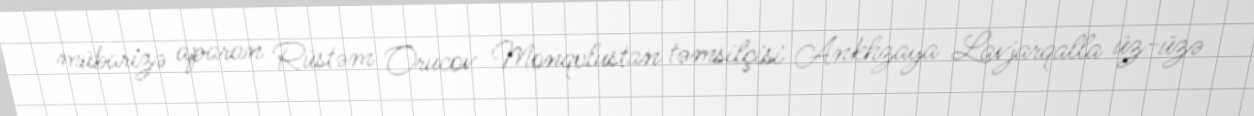
mübarizə aparan Rüstəm Orucov Monqolustan təmsilçisi Ankhzaya Lavjarqalla üz-üzə